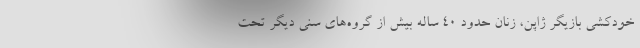
خودکشی بازیگر ژاپن، زنان حدود 40 ساله بیش از گروه‌های سنی دیگر تحت